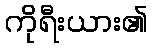
ကိုရီးယား၏